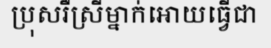
ប្រុសរឺស្រីម្នាក់អោយធ្វើជា